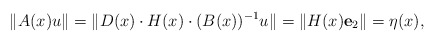
\begin{align*}\|A(x)u\|=\|D(x)\cdot H(x)\cdot (B(x))\sp{-1}u\|=\|H(x)\mathbf e_2\|=\eta(x),\end{align*}